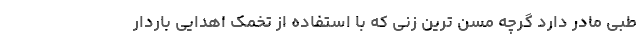
طبی مادر دارد گرچه مسن ترین زنی که با استفاده از تخمک اهدایی باردار